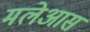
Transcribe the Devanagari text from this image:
मलेआस